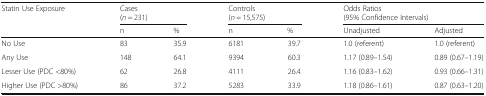
| <ROWSPAN=2> Statin Use Exposure | <COLSPAN=2> Cases(n = 231) | <COLSPAN=2> Controls(n = 15,575) | <COLSPAN=2> Odds Ratios(95% Confidence Intervals) |
 | n | % | n | % | Unadjusted | Adjusted |
 | --- | --- | --- | --- | --- | --- | --- |
 | No Use | 83 | 35.9 | 6181 | 39.7 | 1.0 (referent) | 1.0 (referent) |
 | Any Use | 148 | 64.1 | 9394 | 60.3 | 1.17 (0.89–1.54) | 0.89 (0.67–1.19) |
 | Lesser Use (PDC <80%) | 62 | 26.8 | 4111 | 26.4 | 1.16 (0.83–1.62) | 0.93 (0.66–1.31) |
 | Higher Use (PDC >80%) | 86 | 37.2 | 5283 | 33.9 | 1.18 (0.86–1.61) | 0.87 (0.63–1.20) |